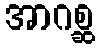
အာဂစ္ဆ